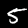
Digit: 5